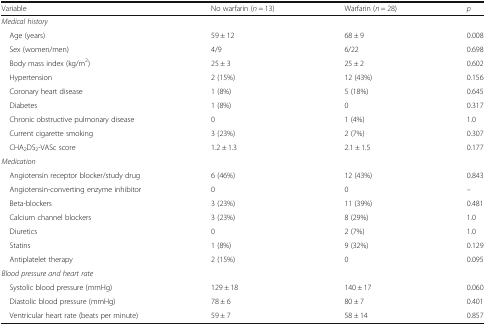
| Variable | No warfarin (n = 13) | Warfarin (n = 28) | p |
 | --- | --- | --- | --- |
 | <COLSPAN=4> Medical history |
 | Age (years) | 59 ± 12 | 68 ± 9 | 0.008 |
 | Sex (women/men) | 4/9 | 6/22 | 0.698 |
 | Body mass index (kg/m2) | 25 ± 3 | 25 ± 2 | 0.602 |
 | Hypertension | 2 (15%) | 12 (43%) | 0.156 |
 | Coronary heart disease | 1 (8%) | 5 (18%) | 0.645 |
 | Diabetes | 1 (8%) | 0 | 0.317 |
 | Chronic obstructive pulmonary disease | 0 | 1 (4%) | 1.0 |
 | Current cigarette smoking | 3 (23%) | 2 (7%) | 0.307 |
 | CHA2DS2-VASc score | 1.2 ± 1.3 | 2.1 ± 1.5 | 0.177 |
 | <COLSPAN=4> Medication |
 | Angiotensin receptor blocker/study drug | 6 (46%) | 12 (43%) | 0.843 |
 | Angiotensin-converting enzyme inhibitor | 0 | 0 | – |
 | Beta-blockers | 3 (23%) | 11 (39%) | 0.481 |
 | Calcium channel blockers | 3 (23%) | 8 (29%) | 1.0 |
 | Diuretics | 0 | 2 (7%) | 1.0 |
 | Statins | 1 (8%) | 9 (32%) | 0.129 |
 | Antiplatelet therapy | 2 (15%) | 0 | 0.095 |
 | <COLSPAN=4> Blood pressure and heart rate |
 | Systolic blood pressure (mmHg) | 129 ± 18 | 140 ± 17 | 0.060 |
 | Diastolic blood pressure (mmHg) | 78 ± 6 | 80 ± 7 | 0.401 |
 | Ventricular heart rate (beats per minute) | 59 ± 7 | 58 ± 14 | 0.857 |